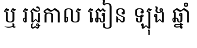
ឬ រជ្ជកាល ឆៀន ឡុង ឆ្នាំ